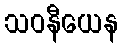
သဝနီယေန